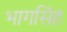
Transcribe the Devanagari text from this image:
भागसिंह